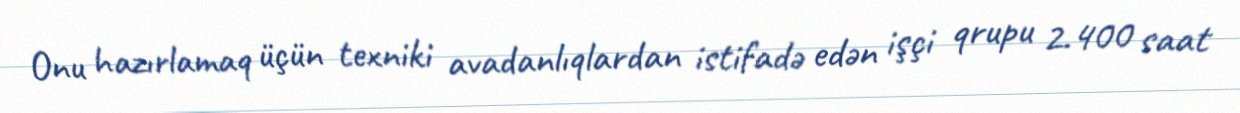
Onu hazırlamaq üçün texniki avadanlıqlardan istifadə edən işçi qrupu 2.400 saat